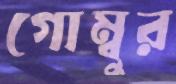
গোম্বুর